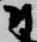
尉